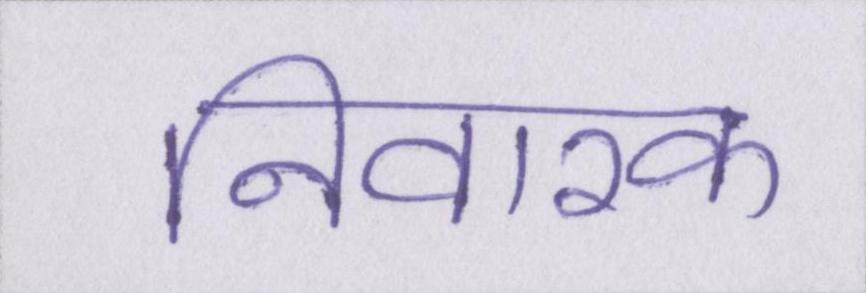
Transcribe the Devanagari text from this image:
निवारक